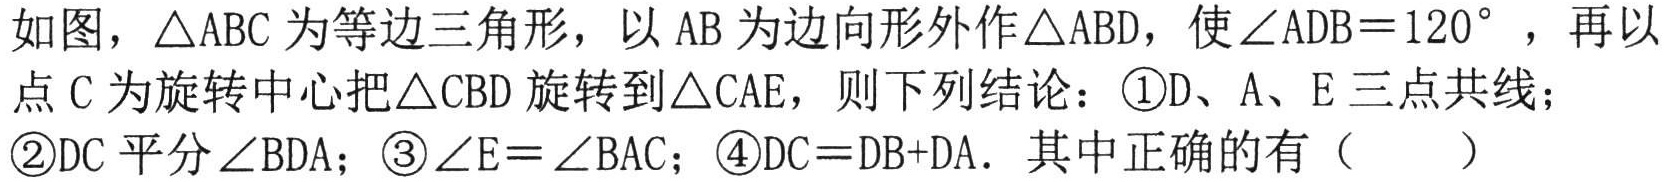
如图，\(\triangle ABC\)为等边三角形，以\(AB\)为边向形外作\(\triangle ABD\)，使\(\angle ADB = 120^{\circ}\)，再以点\(C\)为旋转中心把\(\triangle CBD\)旋转到\(\triangle CAE\)，则下列结论：\textcircled{1}\(D\)、\(A\)、\(E\)三点共线；\textcircled{2}\(DC\)平分\(\angle BDA\)；\textcircled{3}\(\angle E=\angle BAC\)；\textcircled{4}\(DC = DB + DA\)．其中正确的有（  ）